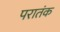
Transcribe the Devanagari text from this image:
परातंक